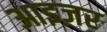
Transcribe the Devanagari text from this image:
आइज़र